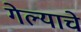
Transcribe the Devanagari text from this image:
गेल्‍याचे